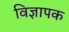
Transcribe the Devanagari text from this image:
विज्ञापक